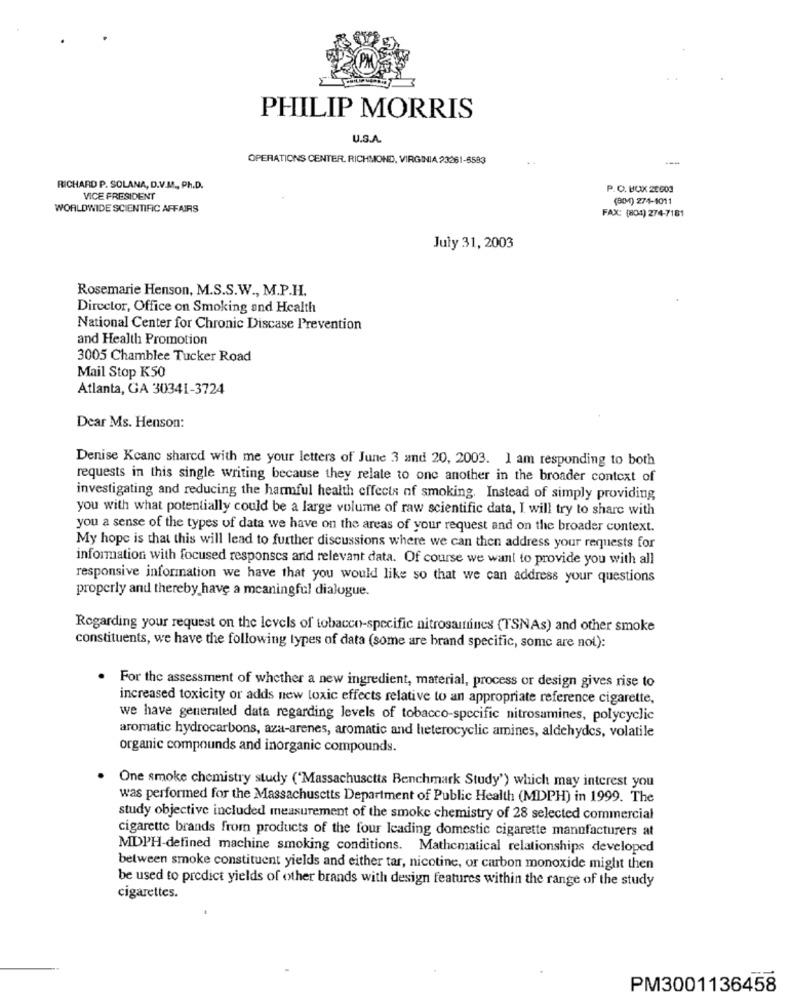
PHILIP MORRIS
U.S.A.
OPERATIONS CENTER. RICHMOND, VIRGINIA 23261-6583
---
RICHARD P. SOLANA, D.V.M ., Ph.D.
P.O. BOX 20603
VICE PRESIDENT
(BM) 274-1011
WORLDWIDE SCIENTIFIC AFFAIRS
FAX: (801) 274-7181
July 31, 2003
Rosemarie Henson, M.S.S.W ., M.P.H.
Director, Office on Smoking and Health
National Center for Chronic Discase Prevention
and Health Promotion
3005 Chamblee Tucker Road
Mail Stop K50
Atlanta, GA 30341-3724
Dear Ms. Henson:
Denise Keane shared with me your letters of June 3 and 20, 2003. 1 am responding to both
requests in this single writing because they relate to one another in the broader context of
investigating and reducing the harmful health effects of smoking. Instead of simply providing
you with what potentially could be a large volume of raw scientific data, I will try to share with
you a sense of the types of data we have on the areas of your request and on the broader context.
My hope is that this will lead to further discussions where we can then address your requests for
information with focused responses and relevant data. Of course we want to provide you with all
responsive information we have that you would like so that we can address your questions
properly and thereby have a meaningful dialogue.
Regarding your request on the levels of tobacco-specific nitrosamttines (TSNAs) and other smoke
constituents, we have the following types of data (some are brand specific, some are not):
. For the assessment of whether a new ingredient, material, process or design gives rise to
increased toxicity or adds new toxic effects relative to an appropriate reference cigarette,
we have generated data regarding levels of tobacco-specific nitrosamines, polycyclic
aromatic hydrocarbons, aza-arenes, aromatic and heterocyclic amines, aldehydes, volatile
organic compounds and inorganic compounds.
One smoke chemistry study ('Massachusetts Benchmark Study') which may interest you
was performed for the Massachusetts Department of Public Health (MDPH) in 1999. The
study objective included measurement of the smoke chemistry of 28 selected commercial
cigarette brands from products of the four leading domestic cigarette manufacturers at
MDPH-defined machine smoking conditions. Mathematical relationships developed
between smoke constituent yields and either tar, nicotine, or carbon monoxide might then
be used to predict yields of other brands with design features within the range of the study
cigarettes.
PM3001136458